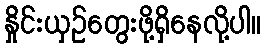
နှိုင်းယှဉ်တွေးဖို့ရှိနေလို့ပါ။